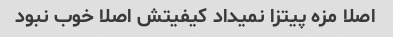
اصلا مزه پیتزا نمیداد کیفیتش اصلا خوب نبود